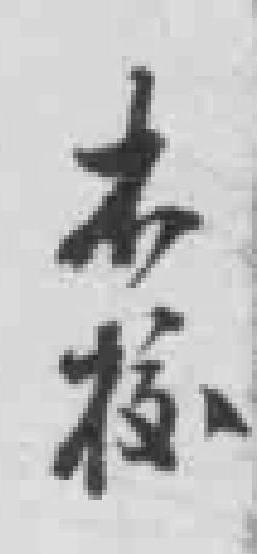
本校